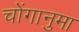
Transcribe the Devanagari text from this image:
चोंगानुमा